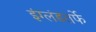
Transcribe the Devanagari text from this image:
इंग्लंडतर्फे